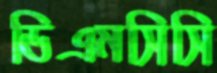
ডিএমসিসি